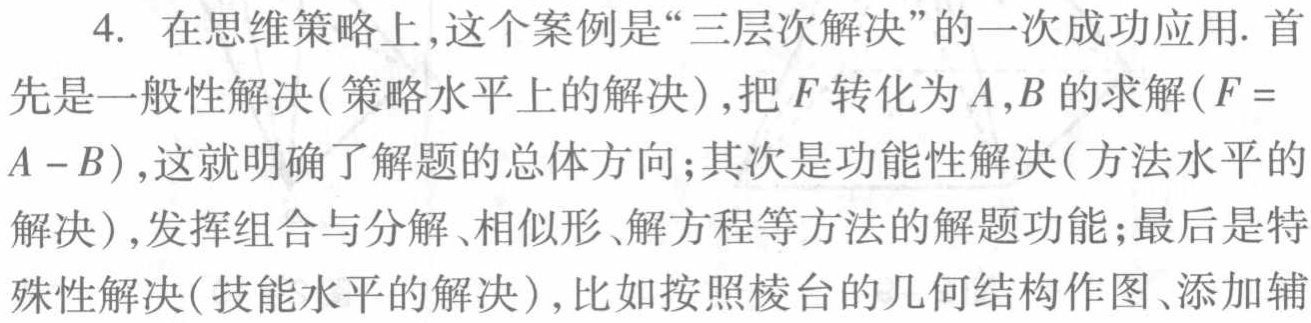
4. 在思维策略上,这个案例是“三层次解决”的一次成功应用. 首先是一般性解决(策略水平上的解决),把\(F\)转化为\(A,B\)的求解(\(F = A - B\)),这就明确了解题的总体方向;其次是功能性解决(方法水平的解决),发挥组合与分解、相似形、解方程等方法的解题功能;最后是特殊性解决(技能水平的解决),比如按照棱台的几何结构作图、添加辅